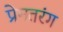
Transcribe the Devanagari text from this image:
प्रेमतरंग